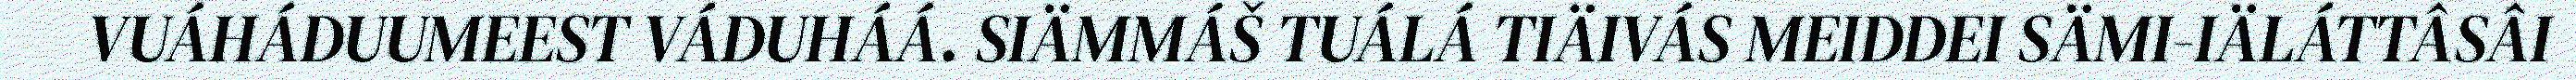
VUÁHÁDUUMEEST VÁDUHÁÁ. SIÄMMÁŠ TUÁLÁ TIÄIVÁS MEIDDEI SÄMI-IÄLÁTTÂSÂI